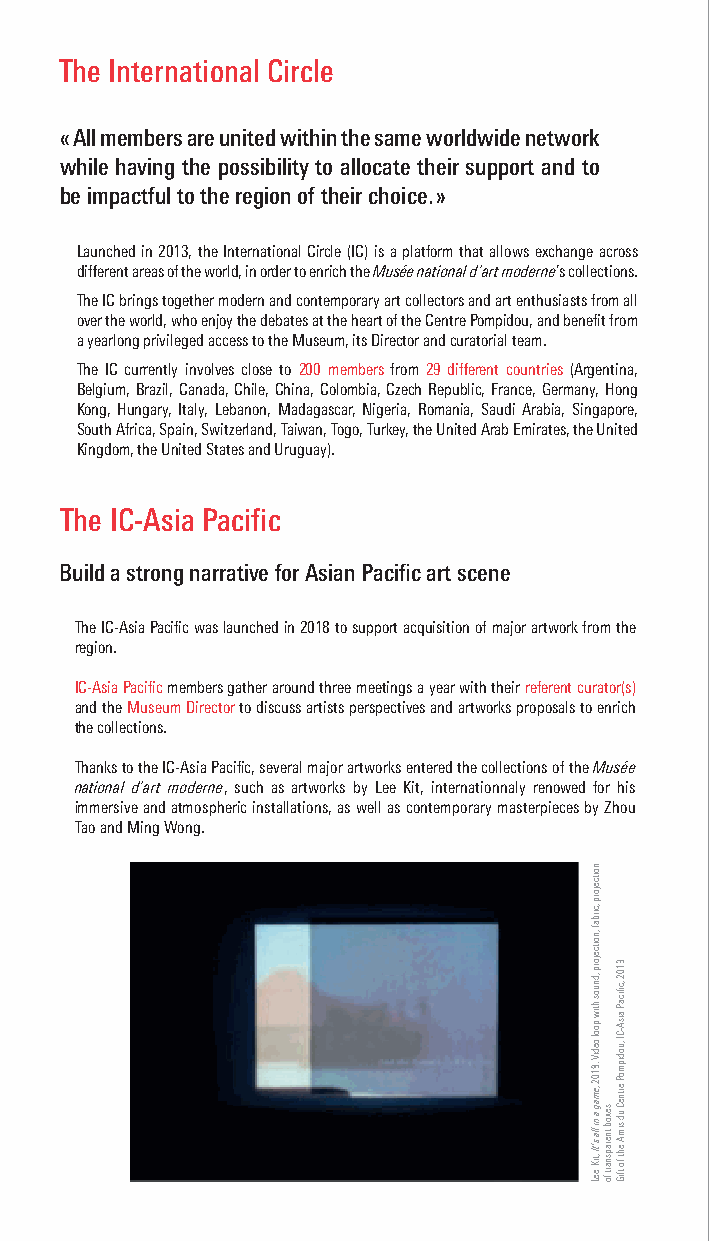
The International Circle
 « All members are united within the same worldwide network
 while having the possibility to allocate their support and to
 be impactful to the region of their choice. »
 Launched in 2013, the International Circle (IC) is a platform that allows exchange across
 different areas of the world, in order to enrich the Musée national d’art moderne’s collections.
 The IC brings together modern and contemporary art collectors and art enthusiasts from all
 over the world, who enjoy the debates at the heart of the Centre Pompidou, and benefit from
 a yearlong privileged access to the Museum, its Director and curatorial team.
 The IC currently involves close to 200 members from 29 different countries (Argentina,
 Belgium, Brazil, Canada, Chile, China, Colombia, Czech Republic, France, Germany, Hong
 Kong, Hungary, Italy, Lebanon, Madagascar, Nigeria, Romania, Saudi Arabia, Singapore,
 South Africa, Spain, Switzerland, Taiwan, Togo, Turkey, the United Arab Emirates, the United
 Kingdom, the United States and Uruguay).
 The IC-Asia Pacific
 Build a strong narrative for Asian Pacific art scene
 The IC-Asia Pacific was launched in 2018 to support acquisition of major artwork from the
 region.
 IC-Asia Pacific members gather around three meetings a year with their referent curator(s)
 and the Museum Director to discuss artists perspectives and artworks proposals to enrich
 the collections.
 Thanks to the IC-Asia Pacific, several major artworks entered the collections of the Musée
 national d’art moderne, such as artworks by Lee Kit, internationnaly renowed for his
 immersive and atmospheric installations, as well as contemporary masterpieces by Zhou
 Tao and Ming Wong.
 noitcejorp
 ,cirbaf
 ,noitcejorp
 ,dnuos
 htiw
 pool
 oediV
 .8102
 ,emag
 a
 ni lla
 s’tI
 ,tiK
 eeL
 sexob
 tnerapsnart
 fo
 9102
 ,cfiicaP
 aisA-CI
 ,uodipmoP
 ertneC
 ud
 simA
 eht
 fo
 tfiG